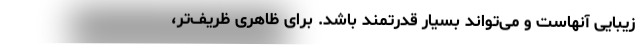
زیبایی آنهاست و می‌تواند بسیار قدرتمند باشد. برای ظاهری ظریف‌تر،